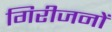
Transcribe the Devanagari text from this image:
गिरीजनों